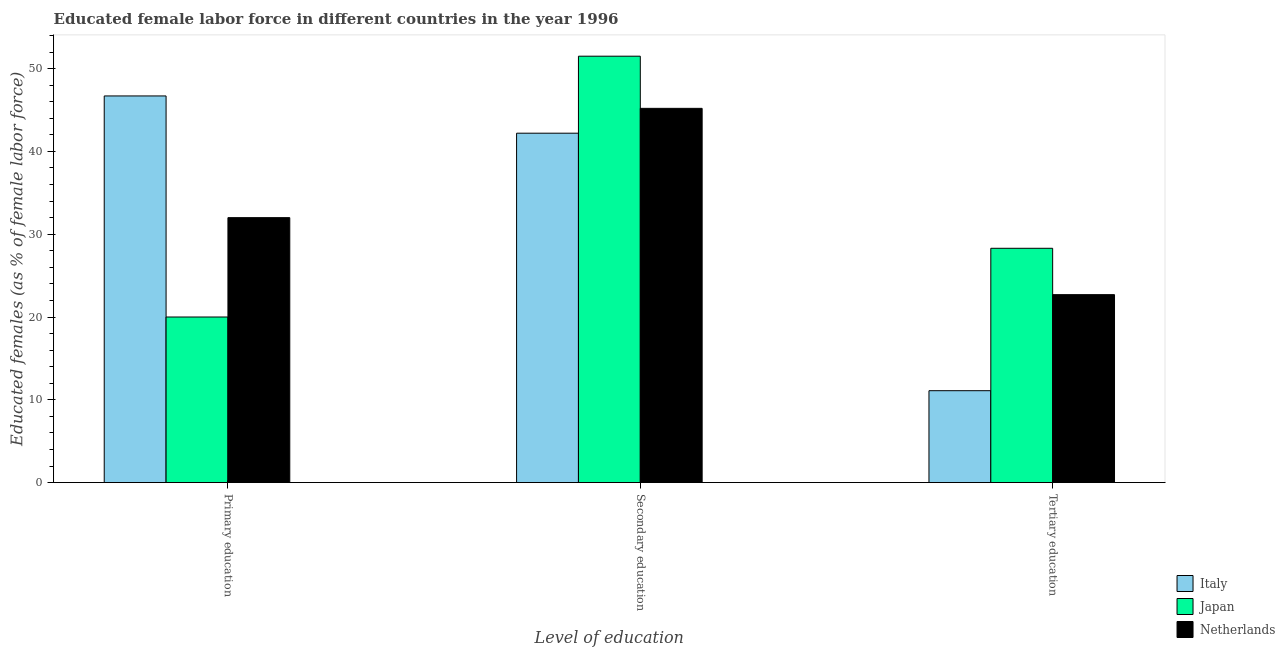
| Level of education | Italy | Japan | Netherlands |
 | --- | --- | --- | --- |
 | Primary education | 46.7 | 20 | 32 |
 | Secondary education | 42.2 | 51.5 | 45.2 |
 | Tertiary education | 11.1 | 28.3 | 22.7 |